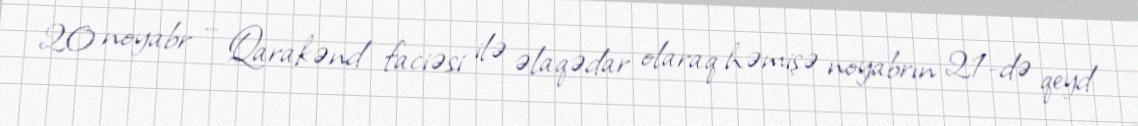
20 noyabr – Qarakənd faciəsi ilə əlaqədar olaraq həmişə noyabrın 21-də qeyd